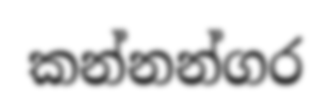
කන්නන්ගර